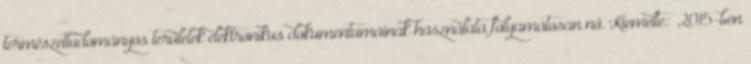
természettudományos területek elektronikus dokumentumainak használata folyamatosan nő. Kiemelte: „2015-ben